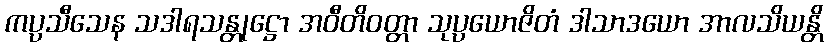
ကပ္ပသီသေန သဒါရသန္တုဋ္ဌော အဝီတိဝတ္တာ သုပ္ပယောဇိတံ ဒါသာဒယော အာလသိယန္တိ